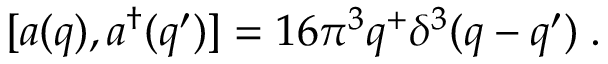
[ a ( q ) , a ^ { \dagger } ( q ^ { \prime } ) ] = 1 6 \pi ^ { 3 } q ^ { + } \delta ^ { 3 } ( q - q ^ { \prime } ) \; .